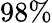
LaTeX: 98\%